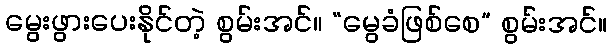
မွေးဖွားပေးနိုင်တဲ့ စွမ်းအင်။ “မွေခံဖြစ်စေ” စွမ်းအင်။